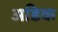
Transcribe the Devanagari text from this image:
अडिक